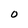
Character: 0